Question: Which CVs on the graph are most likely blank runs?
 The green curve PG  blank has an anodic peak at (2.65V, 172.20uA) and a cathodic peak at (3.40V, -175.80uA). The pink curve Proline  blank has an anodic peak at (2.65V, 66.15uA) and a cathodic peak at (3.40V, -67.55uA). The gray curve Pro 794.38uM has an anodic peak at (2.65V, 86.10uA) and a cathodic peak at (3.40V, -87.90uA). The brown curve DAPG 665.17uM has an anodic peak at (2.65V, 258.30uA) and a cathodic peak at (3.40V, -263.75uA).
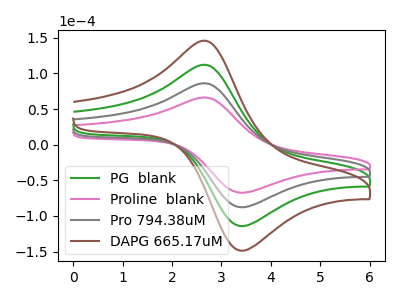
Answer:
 <answer>There are not any CV's on this graph that are likely to be blanks.</answer>
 <eval>none</eval>